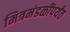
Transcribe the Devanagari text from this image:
मित्रमंडळींपर्यंत